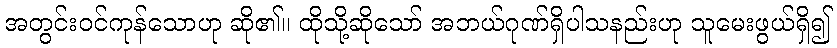
အတွင်းဝင်ကုန်သောဟု ဆို၏။ ထိုသို့ဆိုသော် အဘယ်ဂုဏ်ရှိပါသနည်းဟု သူမေးဖွယ်ရှိ၍